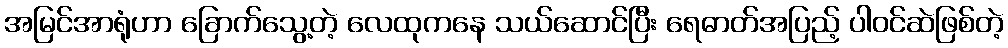
အမြင်အာရုံဟာ ခြောက်သွေ့တဲ့ လေထုကနေ သယ်ဆောင်ပြီး ရေဓာတ်အပြည့် ပါဝင်ဆဲဖြစ်တဲ့